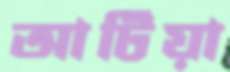
আটিয়া